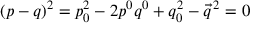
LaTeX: ( p - q ) ^ { 2 } = p _ { 0 } ^ { 2 } - 2 p ^ { 0 } q ^ { 0 } + q _ { 0 } ^ { 2 } - \vec { q } ^ { \, 2 } = 0